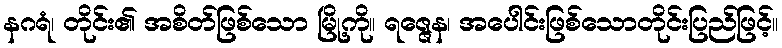
နဂရံ၊ တိုင်း၏ အစိတ်ဖြစ်သော မြို့ကို။ ရဇ္ဇေန၊ အပေါင်းဖြစ်သောတိုင်းပြည်ဖြင့်။